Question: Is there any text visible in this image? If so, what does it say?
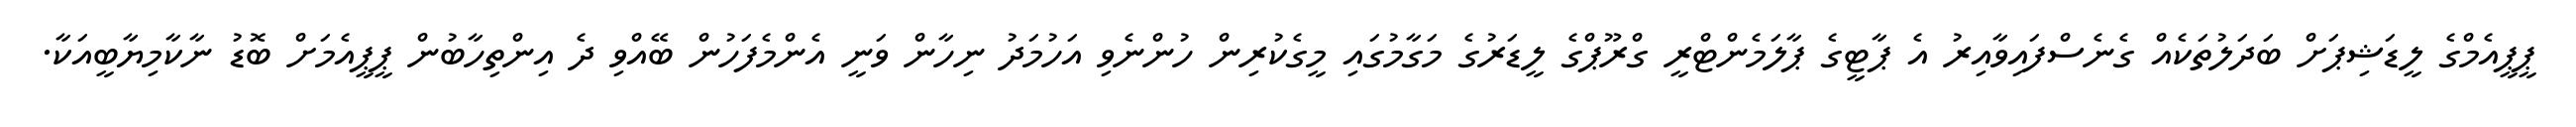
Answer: ޕީޕީއެމްގެ ލީޑަޝިޕަށް ބަދަލުތަކެއް ގެނެސްފައިވާއިރު އެ ޕާޓީގެ ޕާލަމެންޓްރީ ގްރޫޕްގެ ލީޑަރުގެ މަގާމުގައި މީގެކުރިން ހުންނެވި އަހުމަދު ނިހާން ވަނީ އެންމެފަހުން ބޭއްވި ދެ އިންތިހާބުން ޕީޕީއެމަށް ބޮޑު ނާކާމިޔާބީއަކާ.